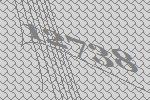
12738